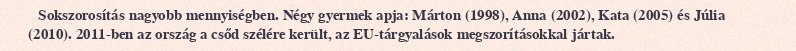
Sokszorosítás nagyobb mennyiségben. Négy gyermek apja: Márton (1998), Anna (2002), Kata (2005) és Júlia (2010). 2011-ben az ország a csőd szélére került, az EU-tárgyalások megszorításokkal jártak.